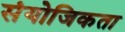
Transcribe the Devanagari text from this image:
संयोजिकता